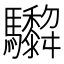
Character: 𩧞